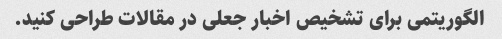
الگوریتمی برای تشخیص اخبار جعلی در مقالات طراحی کنید.